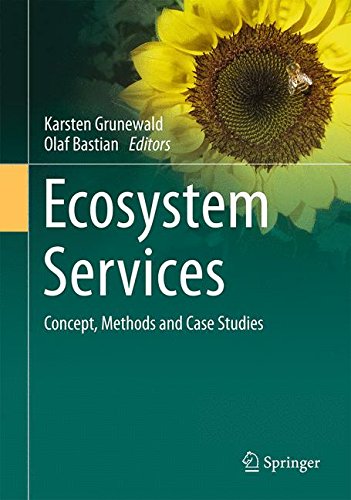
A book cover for Ecosystem Services - Concept, Methods and Case Studies; Law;